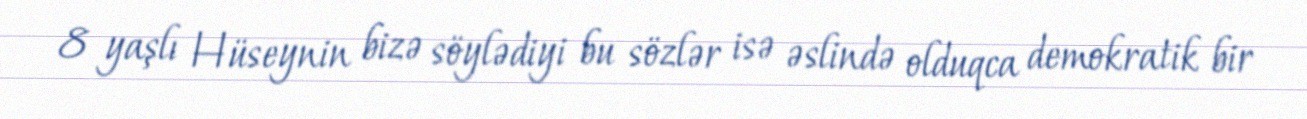
8 yaşlı Hüseynin bizə söylədiyi bu sözlər isə əslində olduqca demokratik bir